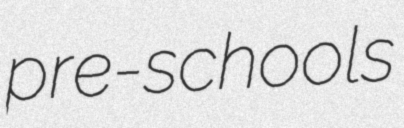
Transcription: pre-schools